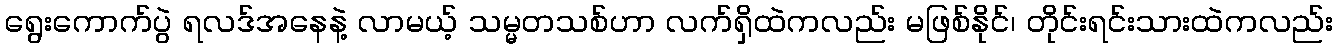
ရွေးကောက်ပွဲ ရလဒ်အနေနဲ့ လာမယ့် သမ္မတသစ်ဟာ လက်ရှိထဲကလည်း မဖြစ်နိုင်၊ တိုင်းရင်းသားထဲကလည်း